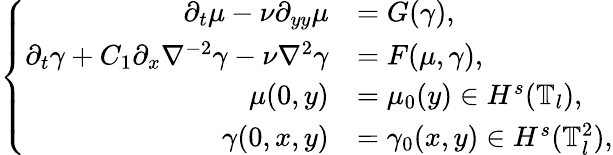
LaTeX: \left\{ \begin{array}{rl}{\partial_{t}\mu-\nu\partial_{yy}\mu}&{=G(\gamma),}\\ {\partial_{t}\gamma+C_{1}\partial_{x}\nabla^{-2}\gamma-\nu\nabla^{2}\gamma}&{=F(\mu,\gamma),}\\ {\mu(0,y)}&{=\mu_{0}(y)\in H^{s}(\mathbb{T}_{l}),}\\ {\gamma(0,x,y)}&{=\gamma_{0}(x,y)\in H^{s}(\mathbb{T}_{l}^{2}),}\end{array}\right.